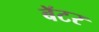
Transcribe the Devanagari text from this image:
बॅटर